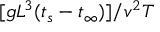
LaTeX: [ g L ^ { 3 } ( t _ { s } - t _ { \infty } ) ] / v ^ { 2 } T